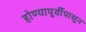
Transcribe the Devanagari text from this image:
होण्यापूर्वीपासून